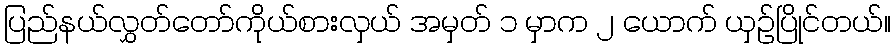
ပြည်နယ်လွှတ်တော်ကိုယ်စားလှယ် အမှတ် ၁ မှာက ၂ ယောက် ယှဉ်ပြိုင်တယ်။